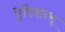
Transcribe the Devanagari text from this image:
ट्रेडिशन्स्‌